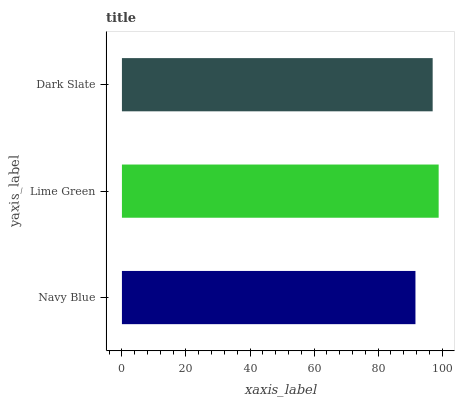
| yaxis_label | bars |
 | --- | --- |
 | Navy Blue | 91.6 |
 | Lime Green | 98.9 |
 | Dark Slate | 97 |